Vaccination in Bombay 1902-1912 - 1902-1912
Year: 1902
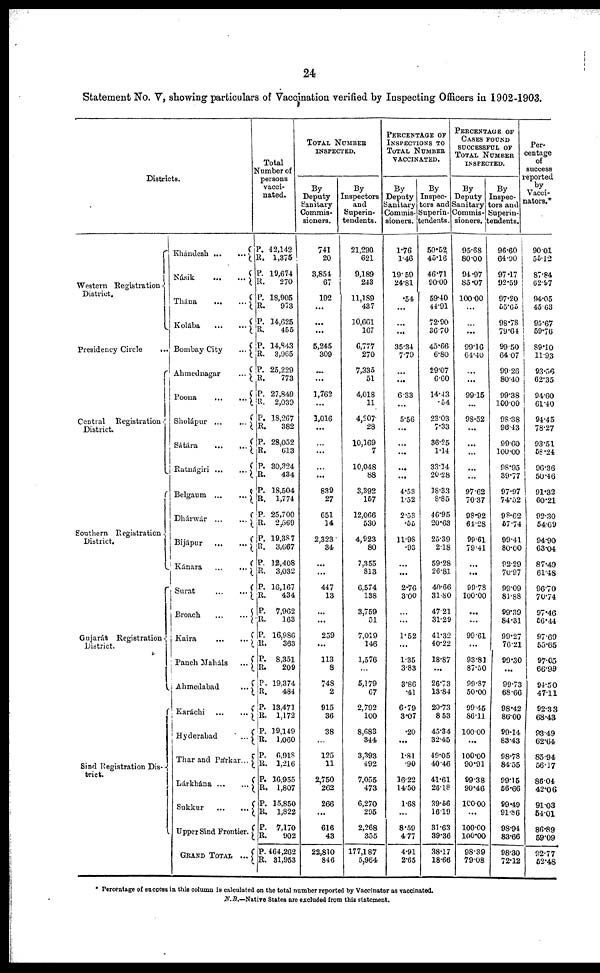
24
Statement No. V, showing particulars of Vaccination verified by Inspecting Officers in 1902-1903.
Districts.
Western Registration .
District.
Presidency Circle
...
Central Registration
District.
Southern Registration
District.
Gujarát Registration.
District.
Sind Registration Dis-
trict.
Khándesh
...
...
Nasik
...
...
Thana
...
...
Kolába
...
...
Bombay City
...
Ahmednagar
...
Poona
Sholápur
...
...
Sátára
...
...
Ratnágiri
...
...
Belgaum ...
...
Dhánwár
...
...
Bijápur
...
...
Kánara
...
...
Surat
...
...
Broach
...
...
Kaira
...
...
Panch Maháls
...
Ahmedabad
...
Karáchi
...
...
Hyderabad
...
Thar and Párkar...
Lárkhána
...
...
Sukkur
...
...
Upper Sind Frontier.
GRAND TOTAL ...
Total
Number of
persons
vacci-
-ated.
P.
R.
P.
R.
P.
R.
P.
R.
P.
R.
P.
R.
P.
R.
P.
R.
P.
R.
P.
R.
P.
R.
P.
R.
P.
R.
P.
R.
P.
R.
P.
R.
P.
R.
P.
R.
P.
R.
P.
R.
P.
R.
P.
R.
P.
R.
P.
R.
P.
R.
P.
R.
42,142
1,375
19,674
270
18,905
973
14,625
455
14,843
3,965
25,229
773
27,849
2,039
18,267
382
28,052
613
30,324
434
18,504
1,774
25,700
2,569
19,387
3,667
12,408
3,032
16,167
434
7,962
163
16,986
363
8,351
209
19,374
484
13,471
1,172
19,149
1,060
6,918
1,216
16,955
1,807
15,850
1,822
7,170
902
464,262
31,953
TOTAL NUMBER
INSPECTED.
By
Deputy
Sanitary
Commis-
sioners.
741
20
3,854
67
102
...
...
...
5,245
309
...
...
1,762
...
1,016
...
...
...
...
...
839
27
651
14
2,323
34
...
...
447
13
...
...
259
...
113
8
748
2
915
36
38
...
125
11
2,750
262
266
...
616
43
22,810
846
By
Inspectors
and
Superin-
tendents.
21,290
621
9,189
243
11,189
437
10,661
167
6,777
270
7,335
51
4,018
11
4,207
28
10,169
7
10,048
88
3,392
157
12,066
530
4,923
80
7,355
813
6,574
138
3,759
51
7,019
146
1,576
...
5,179
67
2,792
100
8,683
344
3,393
492
7,055
473
6,270
295
2,268
355
177,187
5,964
PERCENTAGE OF
INSPECTIONS TO
TOTAL NUMBER
VACCINATED.
By
Deputy
Sanitary
Commis-
sioners.
1.76
1.46
19.59
24.81
.54
...
...
...
35.34
7.79
...
...
6.33
...
5.56
...
...
...
...
...
4.53
1.52
2.53
.55
11.98
.93
...
...
2.76
3.00
...
...
1.52
...
1.35
3.83
3.86
.41
6.79
3.07
.20
...
1.81
.90
16.22
14.50
1.68
...
8.59
4.77
4.91
2.65
By
Inspec-
tors and
Superin¬
tendents.
50.52
45.16
46.71
90.00
59.40
44.91
72.90
36.70
45.66
6.80
29.07
6.60
14.43
.54
23.03
7.33
36.25
1.14
33.14
20.28
18.33
8.85
46.95
20.63
25.39
2.18
59.28
26.81
40.66
31.80
47 21
31.29
41.32
40.22
18.87
...
26.73
13.84
20.73
8.53
45.34
32.45
49.05
40.46
41.61
26.18
39.66
16.19
31.63
39.36
38.17
18.66
PERCENTAGE OF
CASES FOUND
SUCCESSFUL OF
TOTAL NUMBER
INSPECTED.
Deputy
Sanitary
Commis¬
sioners.
95.68
80.00
94.97
85.07
100.00
...
...
...
99.16
64.40
...
...
99.15
...
98.52
...
...
...
...
...
97.62
70.37
98.92
64.28
99.61
79.41
...
...
99.73
100.00
...
...
99.61
...
93.81
87.50
99.87
50.00
99.45
86.11
100.00
...
100.00
90.91
99.38
90.46
100.00
...
100.00
100.00
98.39
79.08
By
Inspec-
tors and
Superin¬
tendents.
96.60
64.90
97.17
92.59
97.20
55.65
98.78
79.64
99.50
64.07
99.26
80.40
99.38
100.00
98.38
96.43
99.60
100.00
98.95
39.77
97.97
74.02
98.62
57.74
99.41
80.00
92.29
70.97
99.09
81.88
99.39
84.31
99.27
76.21
99.30
...
99.73
68.66
98.42
86.00
99.14
83.43
98.78
84.55
99.15
56.66
99.49
91.86
98.94
83.66
98.30
72.12
Per-
centage
of
success
reported
by
Vacci¬
nators.*
90.01
55.12
87.84
62.97
94.05
45.63
95.67
59.76
89.10
11.93
93.56
62.35
94.60
61.40
94.45
78.27
93.51
58.24
96.36
50.46
91.32
60.21
92.30
54.69
94.90
63.04
87.49
61.48
96.70
70.74
97.46
56.44
97.69
55.65
97.05
66.99
94.50
47.11
92.33
68.43
93.49
62.64
85.94
56.17
86.04
42.06
91.03
54.01
86.89
59.09
92.77
52.48
* Percentage of success in this column is calculated on the total number reported by Vaccinator as vaccinated.
N.B.—Native States are excluded from this statement.